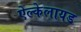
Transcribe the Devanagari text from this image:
ऐल्केलायड